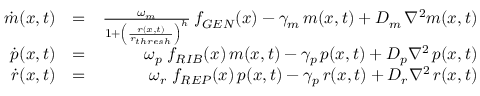
\begin{array} { r l r } { \dot { m } ( x , t ) } & { = } & { \frac { \omega _ { m } } { 1 + \left( \frac { r ( x , t ) } { r _ { t h r e s h } } \right) ^ { h } } \, f _ { G E N } ( x ) - \gamma _ { m } \, m ( x , t ) + D _ { m } \, \nabla ^ { 2 } m ( x , t ) } \\ { \dot { p } ( x , t ) } & { = } & { \omega _ { p } \; f _ { R I B } ( x ) \, m ( x , t ) - \gamma _ { p } \, p ( x , t ) + D _ { p } \nabla ^ { 2 } \, p ( x , t ) } \\ { \dot { r } ( x , t ) } & { = } & { \omega _ { r } \; f _ { R E P } ( x ) \, p ( x , t ) - \gamma _ { p } \, r ( x , t ) + D _ { r } \nabla ^ { 2 } \, r ( x , t ) } \end{array}